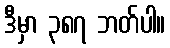
ဒီမှာ ၃၈၇ ဘတ်ပါ။